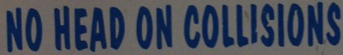
NO HEAD ON COLLISIONS